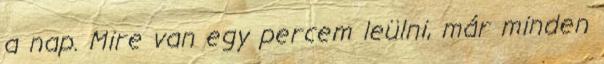
a nap. Mire van egy percem leülni, már minden